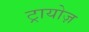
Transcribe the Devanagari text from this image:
ट्रायोज़